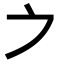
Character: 𪜊